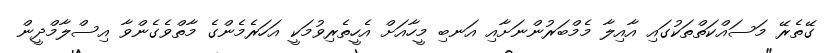
ގޭތެރޭ މަސައްކަތްތަކުގައި އާއިލާ މެމްބަރުންނަށާއި އަނބި މީހާއަށް އެހީތެރިވުމަކީ އަހަރެމެންގެ މާތްވެގެންވާ އިސްލާމްދީން